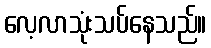
လေ့လာသုံးသပ်နေသည်။